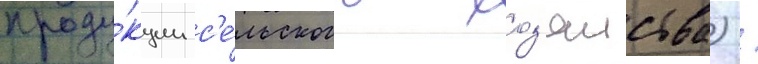
проду́кции с'е́льского хоз'яиства) /